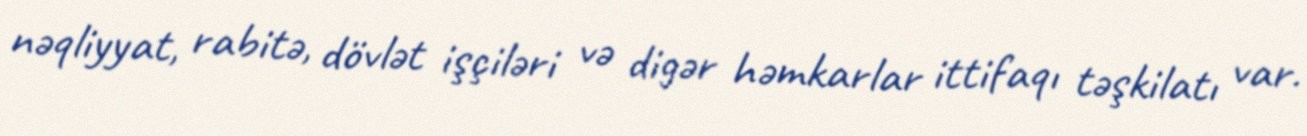
nəqliyyat, rabitə, dövlət işçiləri və digər həmkarlar ittifaqı təşkilatı var.